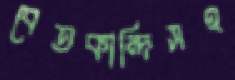
বেতকান্দিসহ